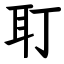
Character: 耵